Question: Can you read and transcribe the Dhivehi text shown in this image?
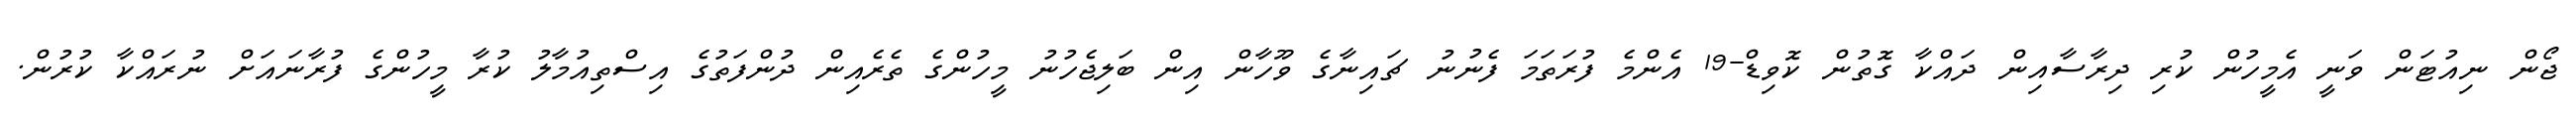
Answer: ޖޯން ނިއުޓަން ވަނީ އެމީހުން ކުރި ދިރާސާއިން ދައްކާ ގޮތުން ކޮވިޑް-19 އެންމެ ފުރަތަމަ ފެނުނު ޗައިނާގެ ވޫހާން އިން ބަލިޖެހުނު މީހުންގެ ތެރެއިން ދުންފަތުގެ އިސްތިއުމާލު ކުރާ މީހުންގެ ފުރާނައަށް ނުރައްކާ ކުރުން.